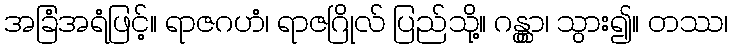
အခြံအရံဖြင့်။ ရာဇဂဟံ၊ ရာဇဂြိုလ် ပြည်သို့။ ဂန္တွာ၊ သွား၍။ တဿ၊